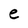
Character: e